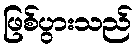
ဖြစ်ပွားသည်